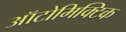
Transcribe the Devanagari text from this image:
ऑटोमिक्टिक